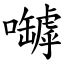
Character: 嚹